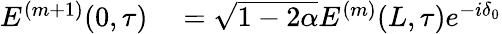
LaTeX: \begin{array}{rl}{E^{(m+1)}(0,\tau)}&{{}=\sqrt{1-2\alpha}E^{(m)}(L,\tau)e^{-i\delta_{0}}}\end{array}